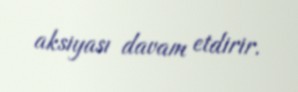
aksiyası davam etdirir.